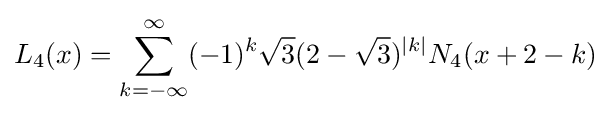
L_{4}(x)=\sum _{k=-\infty }^{\infty }(-1)^{k}{\sqrt {3}}(2-{\sqrt {3}})^{|k|}N_{4}(x+2-k)